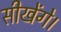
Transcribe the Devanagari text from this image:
सीखेंगे।